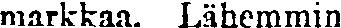
markkaa. Lähemmin